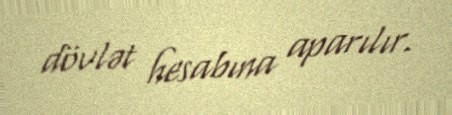
dövlət hesabına aparılır.